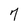
Character: 7